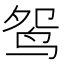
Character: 鸳